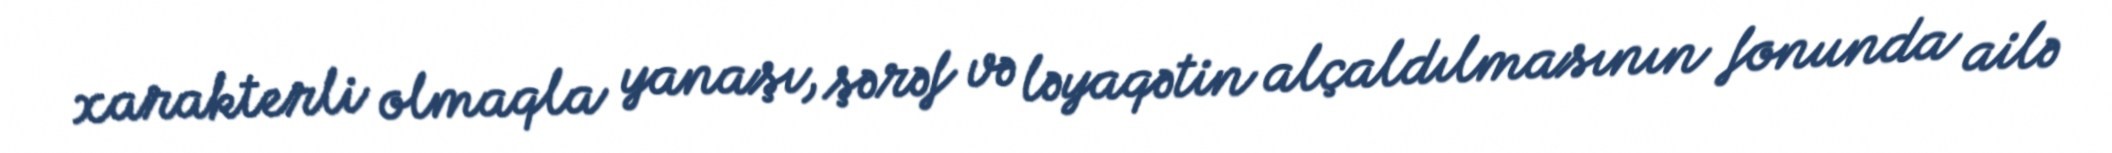
xarakterli olmaqla yanaşı, şərəf və ləyaqətin alçaldılmasının fonunda ailə